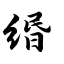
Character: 缗